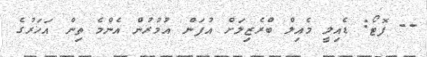
-- ފޮޓޯ: ޑެއިލީ މެއިލް ބްރެޒިލަށް އުފަން އުމުރުން އެންމެ ތިން އަހަރުގެ